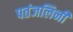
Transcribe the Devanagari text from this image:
पतंजलिनी